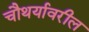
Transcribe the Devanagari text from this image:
चौथर्यावरील